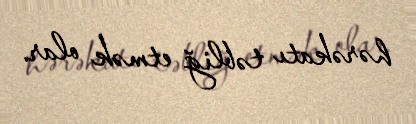
hərəkatı təbliğ etmək olar.